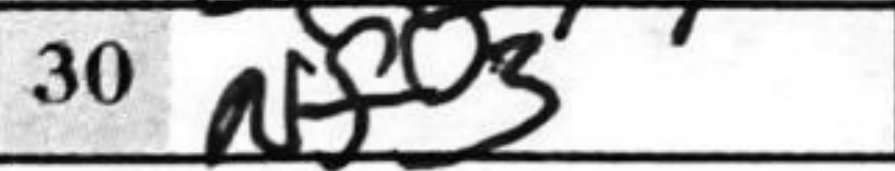
Transcription: Nf3